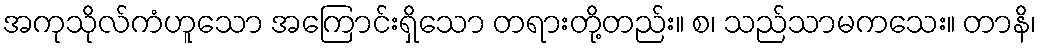
အကုသိုလ်ကံဟူသော အကြောင်းရှိသော တရားတို့တည်း။ စ၊ သည်သာမကသေး။ တာနိ၊